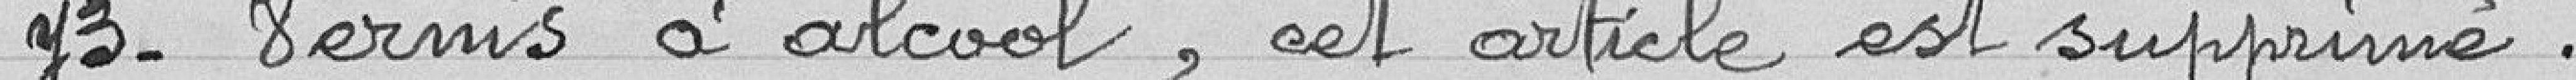
73. Vernis à alcool, cet article est supprimé.